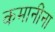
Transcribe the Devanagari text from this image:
कमानींना